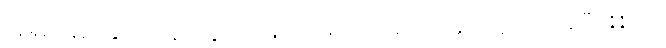
အရှည်ရှည်နှင့် ကချင်လွတ်မြောက်ရေးတပ်မတော်နှင့် ထုပ်လုပ်ခဲ့ပြီး 11:00